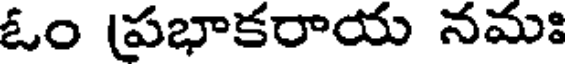
ఓం (ప్రభాకరాయ నమః